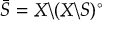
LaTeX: { \bar { S } } = X \backslash ( X \backslash S ) ^ { \circ }